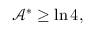
\mathcal { A } ^ { \ast } \geq \ln 4 ,